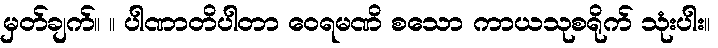
မှတ်ချက်။ ။ ပါဏာတိပါတာ ဝေရမဏိ စသော ကာယသုစရိုက် သုံးပါး။